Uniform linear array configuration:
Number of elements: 12
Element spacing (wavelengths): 1
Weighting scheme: exponential
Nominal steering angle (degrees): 0
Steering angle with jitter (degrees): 0.672
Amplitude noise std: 0.05
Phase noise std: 0.05

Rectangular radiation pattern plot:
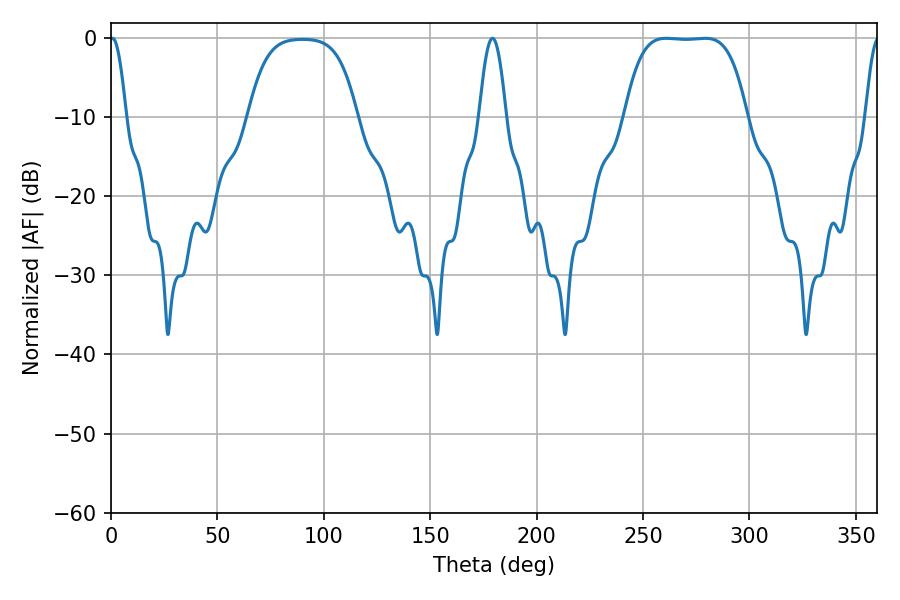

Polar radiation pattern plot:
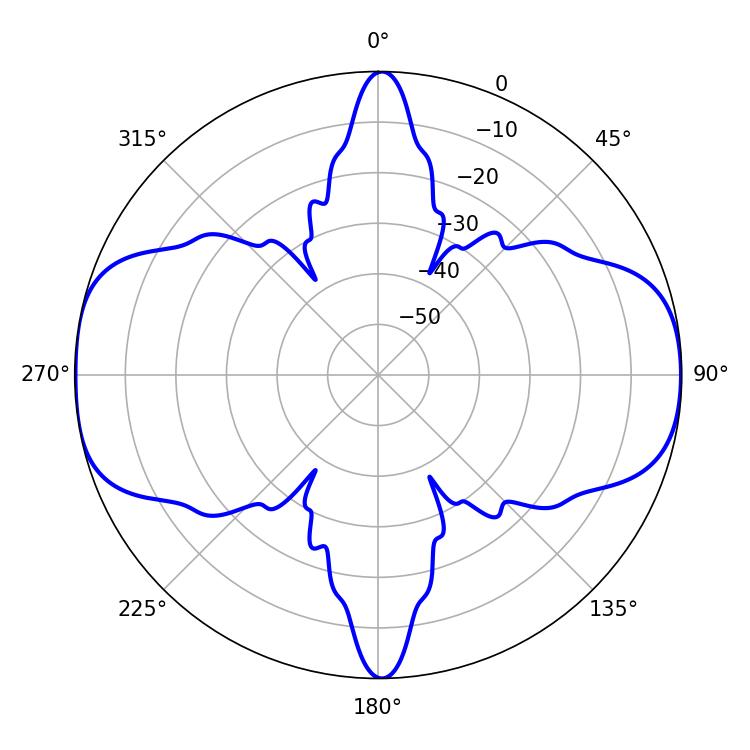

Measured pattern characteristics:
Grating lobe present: TRUE
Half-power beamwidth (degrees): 43.92
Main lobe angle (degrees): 260.82